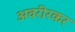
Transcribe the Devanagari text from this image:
अवरीरकर